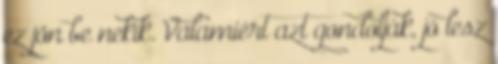
ez jön be nekik. Valamiért azt gondolják, jó lesz